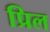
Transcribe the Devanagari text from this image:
प्रिल